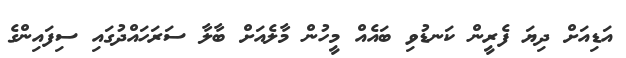
އަޑިއަށް ދިޔަ ފެރީން ކަނޑުވި ބައެއް މީހުން މާލެއަށް ބާލާ ސަރަހައްދުގައި ސިފައިންގެ